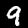
Label: 9